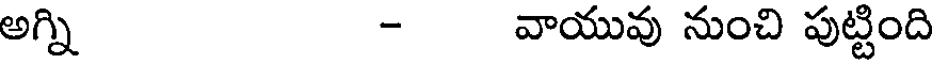
అగ్ని - వాయువు నుంచి పుట్టింది